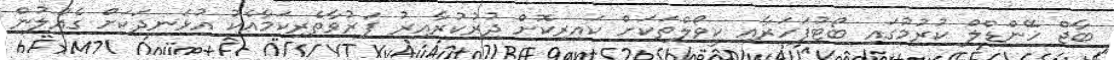
ބާޖް ހޭންޑްލް ކުރުމުގައި ބޯޓުފަހަރާއި ކީވޯލްތަކަށް ކައިރިކޮށް ދުރުކުރާއިރު ފަރުވާތެރިކަމާއެކު އުޅަނދަކަށް ގެއްލުން